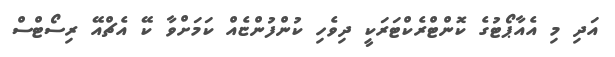
އަދި މި އެއާޕޯޓުގެ ކޮންޓްރެކްޓަރަކީ ދިވެހި ކުންފުންޏެއް ކަމަށްވާ ކޭ އެޗްއޭ ރިސޯޓްސް